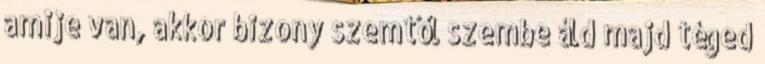
amije van, akkor bizony szemtől szembe áld majd téged